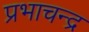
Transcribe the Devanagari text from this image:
प्रभाचन्द्र